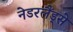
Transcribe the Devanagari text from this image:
नेडरलैंड्से